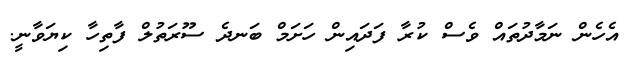
އެހެން ނަމާދުތައް ވެސް ކުރާ ފަދައިން ހަށަމް ބަނދެ ސޫރަތުލް ފާތިހާ ކިޔަވާނީ.